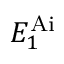
E _ { 1 } ^ { \mathrm { A i } }